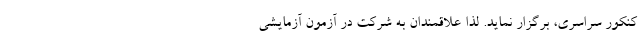
کنکور سراسری، برگزار نماید. لذا علاقمندان به شرکت در آزمون­ آزمایشی